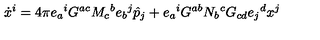
\dot { x } ^ { i } = 4 \pi e _ { a } { } ^ { i } G ^ { a c } M _ { c } { } ^ { b } e _ { b } { } ^ { j } \hat { p } _ { j } + e _ { a } { } ^ { i } G ^ { a b } N _ { b } { } ^ { c } G _ { c d } e _ { j } { } ^ { d } x ^ { j }